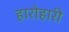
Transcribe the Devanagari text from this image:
हारोहारी